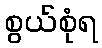
စွယ်စုံရ